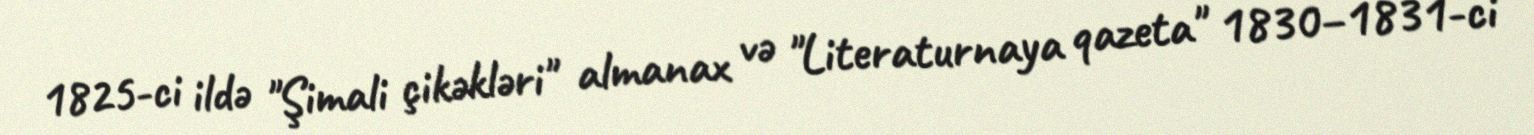
1825-ci ildə "Şimali çikəkləri" almanax və "Literaturnaya qazeta" 1830–1831-ci